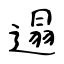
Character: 遢